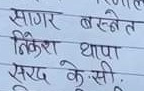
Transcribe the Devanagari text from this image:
सागर बस्नेत
निकेश थापा
सरद के.सी.